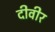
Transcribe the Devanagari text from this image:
दीवीर